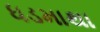
ધડમાથા